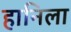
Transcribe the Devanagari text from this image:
हानिला